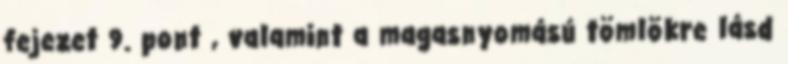
fejezet 9. pont , valamint a magasnyomású tömlõkre lásd